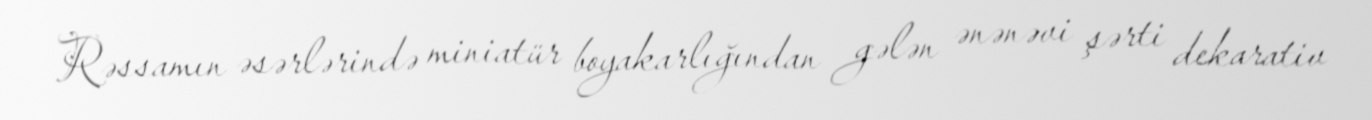
Rəssamın əsərlərində miniatür boyakarlığından gələn ənənəvi şərti dekarativ